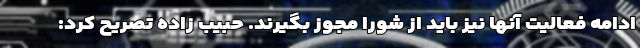
ادامه فعالیت آنها نیز باید از شورا مجوز بگیرند. حبیب زاده تصریح کرد: